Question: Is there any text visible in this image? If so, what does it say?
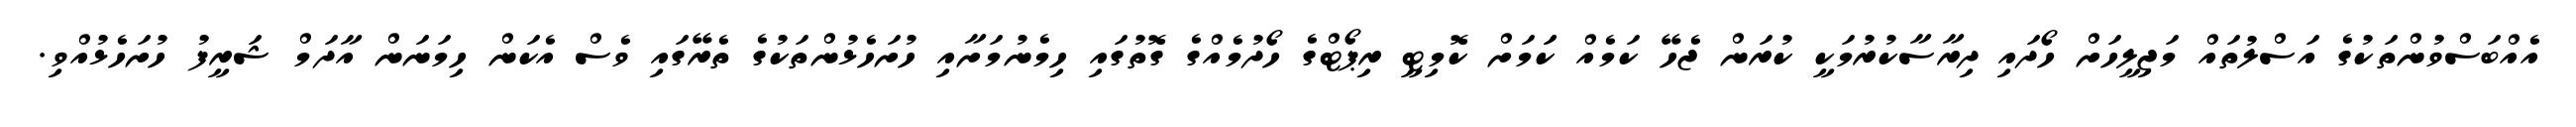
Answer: އެއްބަސްވުންތަކުގެ އަސްލުތައް މަޖިލީހަށް ހޯދައި ދިރާސާކުރުމަކީ ކުރަން ޖެހޭ ކަމެއް ކަަމަށް ކޮމިޓީ ރިޕޯޓްގެ ހޯދުމެއްގެ ގޮތުގައި ހިމެނުމަށާއި ހުށަހެޅުންތަކުގެ ތެރޭގައި ވެސް އެކަން ހިމަނަން އާދަމް ޝަރީފު ހުށަހެޅުއްވި.